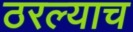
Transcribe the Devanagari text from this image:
ठरल्याच